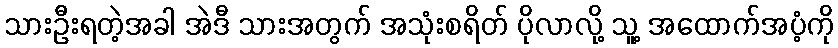
သားဦးရတဲ့အခါ အဲဒီ သားအတွက် အသုံးစရိတ် ပိုလာလို့ သူ့ အထောက်အပံ့ကို